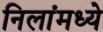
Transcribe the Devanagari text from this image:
निलांमध्ये